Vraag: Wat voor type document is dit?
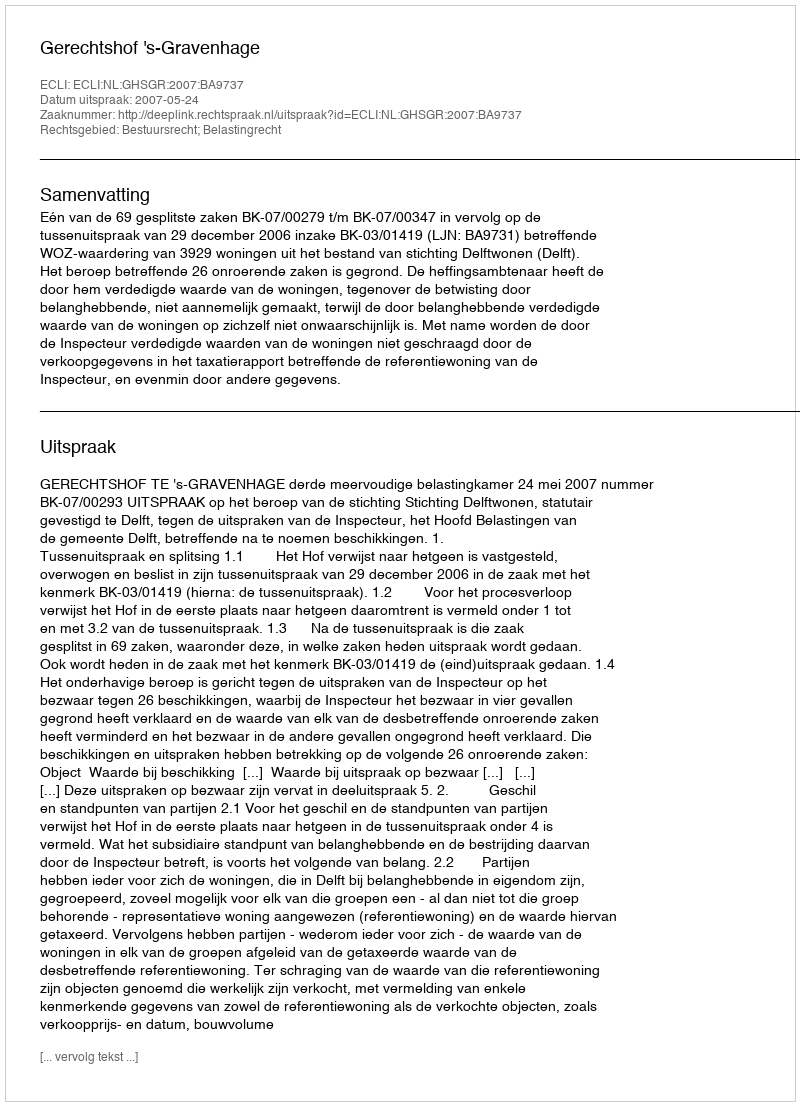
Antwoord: Uitspraak